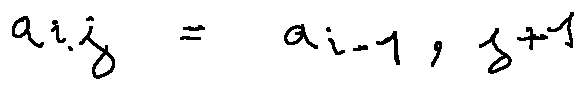
a _ { i , j } = a _ { i - 1 , j + 1 }